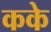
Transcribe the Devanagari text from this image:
कके